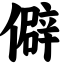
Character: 僻